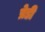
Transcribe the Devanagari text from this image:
प्रेडी